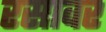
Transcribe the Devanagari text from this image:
रसावर